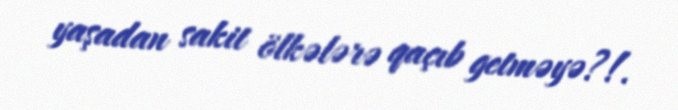
yaşadan sakit ölkələrə qaçıb getməyə?!.